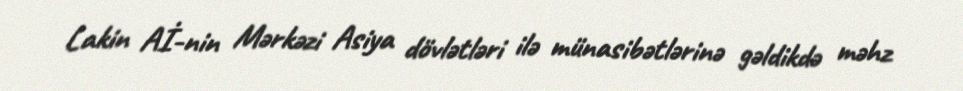
Lakin Aİ-nin Mərkəzi Asiya dövlətləri ilə münasibətlərinə gəldikdə məhz